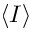
\langle I \rangle